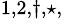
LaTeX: ^{1,2,\dagger,\star,}